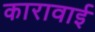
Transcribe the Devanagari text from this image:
कारावाई